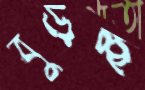
বুড়চ্ছ